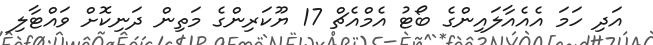
އަދި ހަމަ އެއެއާލައިންގެ ބޯޓު އެމްއެޗް 17 ޔޫކަރިންގެ މަތިން ދަނިކޮށް ވައްޓާލި